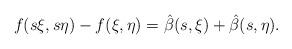
LaTeX: \begin{align*} f(s\xi,s\eta)-f(\xi,\eta)=\hat\beta(s,\xi)+\hat\beta(s,\eta).\end{align*}